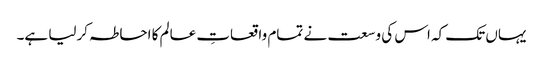
یہاں تک کہ اس کی وسعت نے تمام واقعاتِ عالم کا احاطہ کرلیا ہے۔